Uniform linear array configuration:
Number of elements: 12
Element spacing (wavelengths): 0.5
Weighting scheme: binomial
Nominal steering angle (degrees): -45
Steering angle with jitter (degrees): -43.316
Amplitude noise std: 0.05
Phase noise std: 0.05

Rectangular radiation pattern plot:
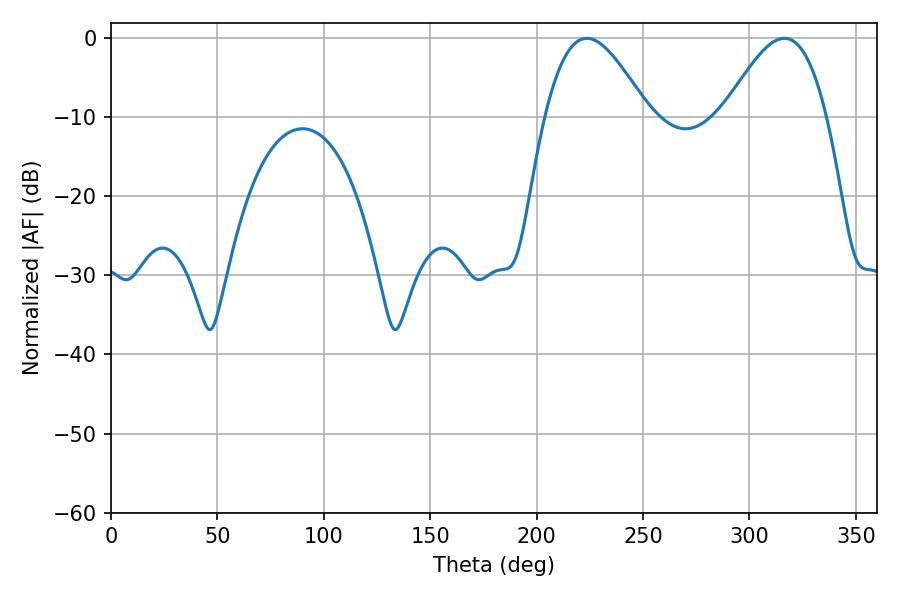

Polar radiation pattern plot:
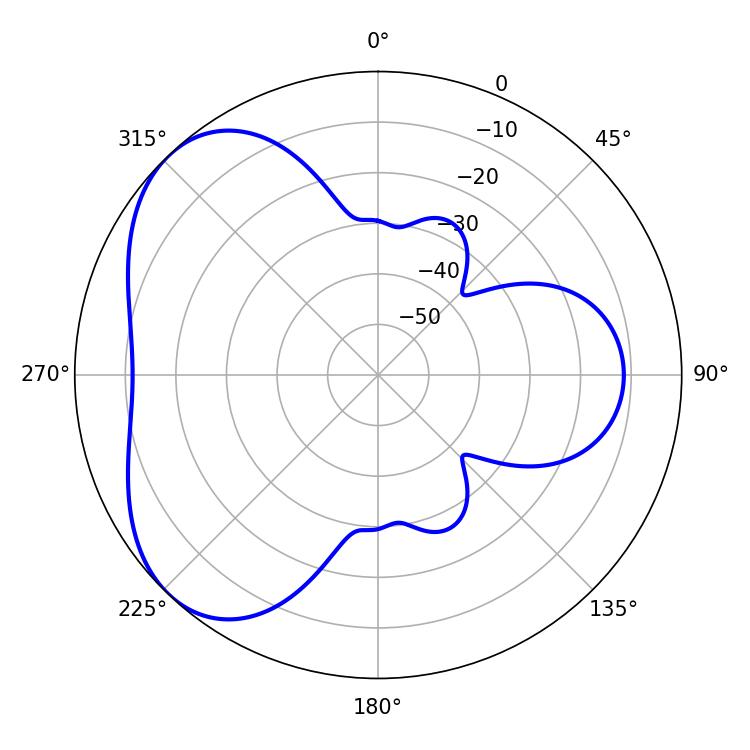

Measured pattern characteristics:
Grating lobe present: FALSE
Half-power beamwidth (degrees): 25.92
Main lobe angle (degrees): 223.56